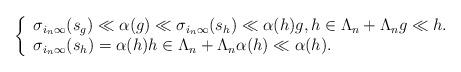
LaTeX: \begin{align*}\left\{\begin{array}{ll}\sigma_{i_n\infty}(s_g)\ll \alpha(g)\ll \sigma_{i_n\infty}(s_h)\ll \alpha(h) g,h\in\Lambda_n+\Lambda_n g\ll h.\\\sigma_{i_n\infty}(s_h)=\alpha(h) h\in\Lambda_n+\Lambda_n \alpha(h)\ll \alpha(h).\end{array}\right.\end{align*}